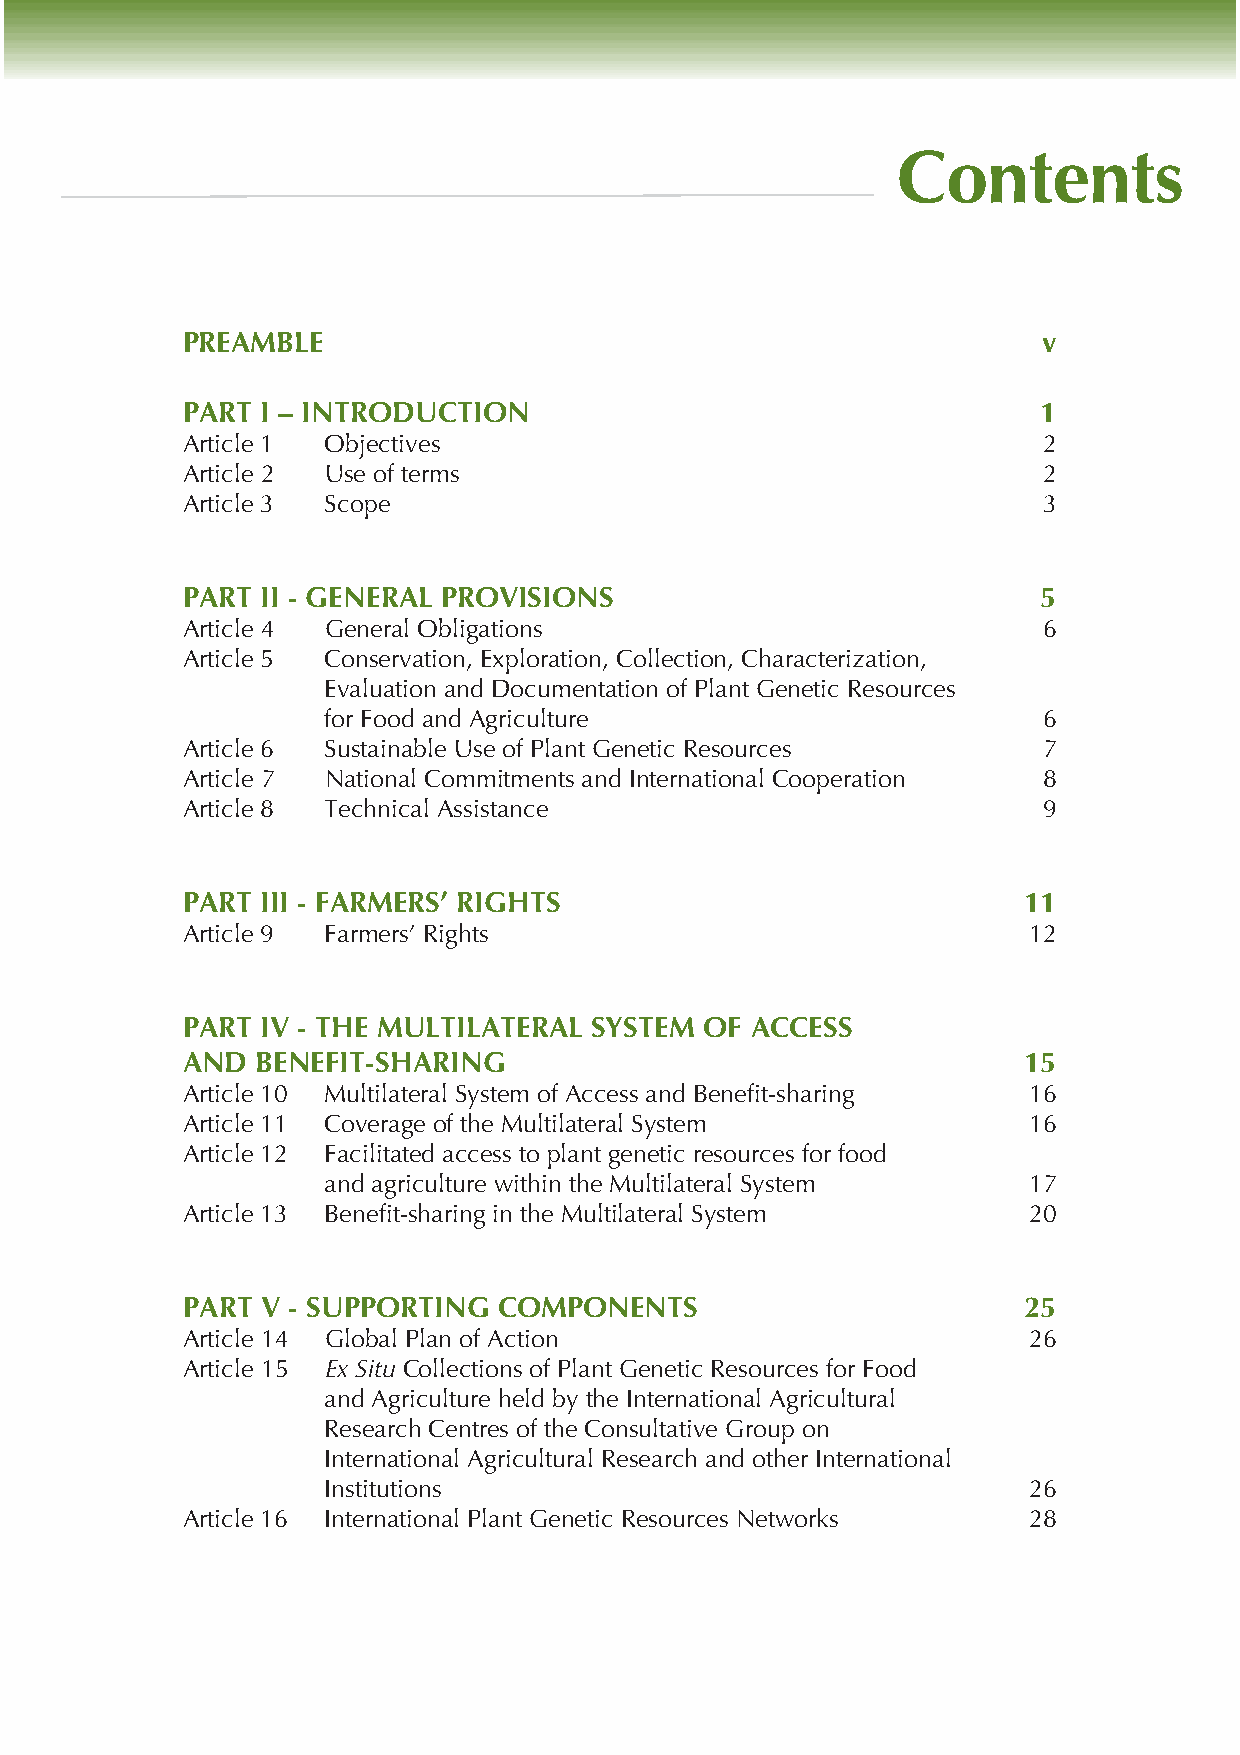
Contents
 PREAMBLE                                                 v
 PART I – INTRODUCTION                                    1
 Article 1 Objectives                                     2
 Article 2 Use of terms                                   2
 Article 3 Scope                                          3
 PART II - GENERAL PROVISIONS                             5
 Article 4 General Obligations                            6
 Article 5 Conservation, Exploration, Collection, Characterization,
 Evaluation and Documentation of Plant Genetic Resources
 for Food and Agriculture                       6
 Article 6 Sustainable Use of Plant Genetic Resources     7
 Article 7 National Commitments and International Cooperation 8
 Article 8 Technical Assistance                           9
 PART III - FARMERS’ RIGHTS                              11
 Article 9 Farmers’ Rights                               12
 PART IV - THE MULTILATERAL SYSTEM  OF ACCESS
 AND  BENEFIT-SHARING                                    15
 Article 10 Multilateral System of Access and Benefit-sharing 16
 Article 11 Coverage of the Multilateral System          16
 Article 12 Facilitated access to plant genetic resources for food
 and agriculture within the Multilateral System 17
 Article 13 Benefit-sharing in the Multilateral System   20
 PART V - SUPPORTING  COMPONENTS                         25
 Article 14 Global Plan of Action                        26
 Article 15 Ex Situ Collections of Plant Genetic Resources for Food
 and Agriculture held by the International Agricultural
 Research Centres of the Consultative Group on
 International Agricultural Research and other International
 Institutions                                  26
 Article 16 International Plant Genetic Resources Networks 28